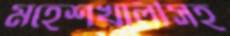
মহেশখালীসহ